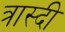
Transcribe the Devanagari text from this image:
त्रास्दी